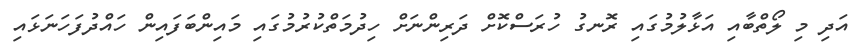
އަދި މި ލޯތްބާއި އަޅާލުމުގައި ރޮނގު ހުރަސްކޮށް ދަރިންނަށް ހިދުމަތްކުރުމުގައި މައިންބަފައިން ހައްދުފަހަނަޅައި